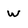
Character: w